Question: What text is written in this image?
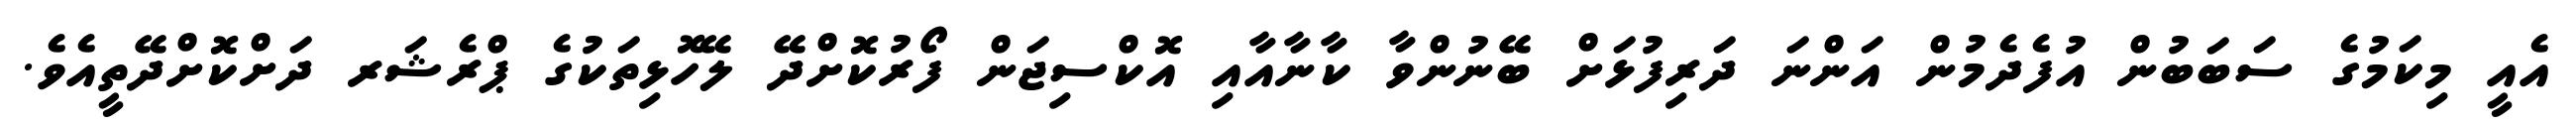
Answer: އެއީ މިކަމުގެ ސަބަބުން އުފެދެމުން އަންނަ ދަރިފުޅަށް ބޭނުންވާ ކާނާއާއި އޮކްސިޖަން ފޯރުކޮށްދޭ ލޭހޮޅިތަކުގެ ޕްރެޝަރ ދަށްކޮށްދޭތީއެވެ.